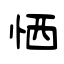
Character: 恓